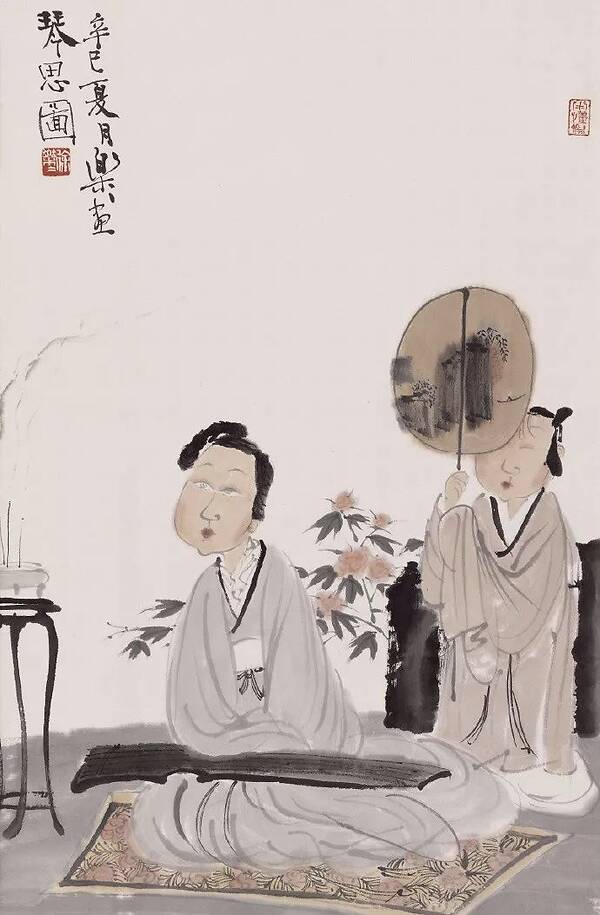
绿酒初尝人易醉。一枕小窗浓睡。